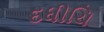
દધીચિ